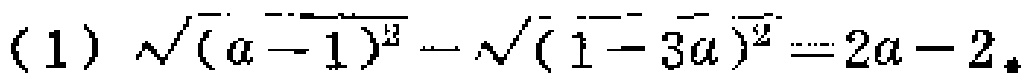
(1) $\sqrt{(a - 1)^{2}}-\sqrt{(1 - 3a)^{2}} = 2a - 2$